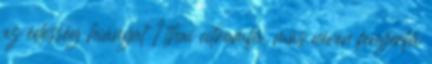
az édesség hiányát 1 thai citromfű, más néven fenyérfű